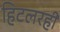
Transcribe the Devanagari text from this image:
हिटलरही